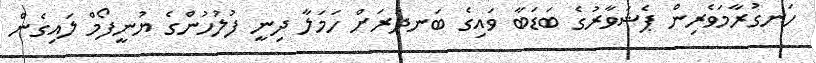
ހަނގުރާމަވެރިން ޕެޝަވާރުގެ ބަޑަބާ ވައިގެ ބަނދަރަށް ހަމަލާ ދިނީ ފުލުހުންގެ ޔުނީފޯމް ލައިގެން